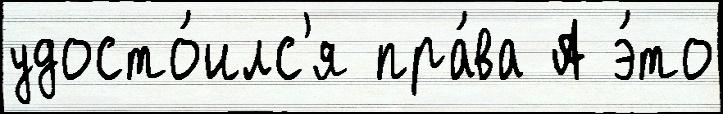
удосто́илс'я пра́ва А э́то